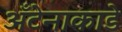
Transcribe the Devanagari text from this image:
अँटेनाकाडे